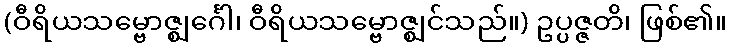
(ဝီရိယသမ္ဗောဇ္ဈင်္ဂေါ၊ ဝီရိယသမ္ဗောဇ္ဈင်သည်။) ဥပ္ပဇ္ဇတိ၊ ဖြစ်၏။